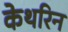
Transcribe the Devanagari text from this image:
केथरिन